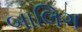
બાલિગ